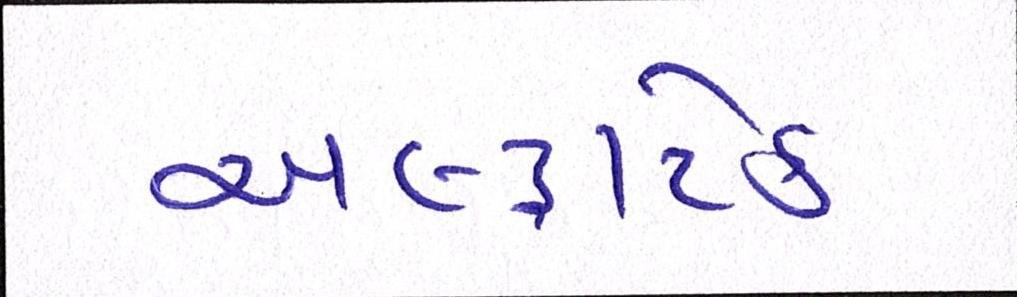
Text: અલ્ટ્રાટેક